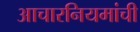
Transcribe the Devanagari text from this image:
आचारनियमांची